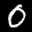
Label: 0